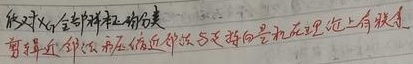
成对的全部样本都分类剪辑近邻 训练 用在临近 邻近 与支持向量机在理论上有联系